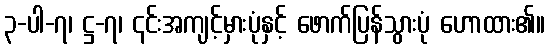
၃-ပါ-၇၊ ဋ္ဌ-၇၊ ၎င်းအကျင့်မှားပုံနှင့် ဖောက်ပြန်သွားပုံ ဟောထား၏။